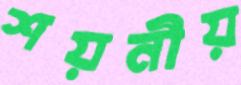
শয়নীয়